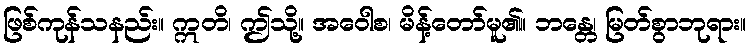
ဖြစ်ကုန်သနည်း။ ဣတိ၊ ဤသို့။ အဝေါစ၊ မိန့်တော်မူ၏။ ဘန္တေ၊ မြတ်စွာဘုရား။